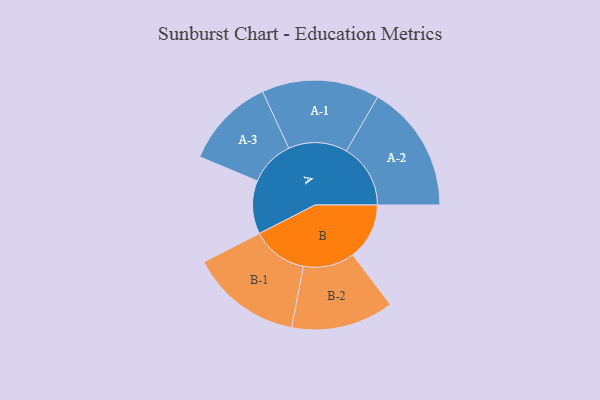
{"axis": {"x": "Segment", "y": "Value"}, "legend": ["", "A", "B"], "data": [{"x": "A", "y": 212, "type": ""}, {"x": "B", "y": 225, "type": ""}, {"x": "A-1", "y": 234, "type": "A"}, {"x": "A-2", "y": 255, "type": "A"}, {"x": "A-3", "y": 181, "type": "A"}, {"x": "B-1", "y": 222, "type": "B"}, {"x": "B-2", "y": 204, "type": "B"}]}